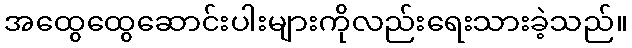
အထွေထွေဆောင်းပါးများကိုလည်းရေးသားခဲ့သည်။